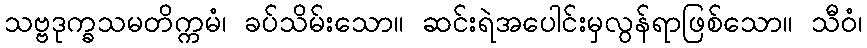
သဗ္ဗဒုက္ခသမတိက္ကမံ၊ ခပ်သိမ်းသော။ ဆင်းရဲအပေါင်းမှလွန်ရာဖြစ်သော။ သီဝံ၊